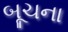
બૂચના